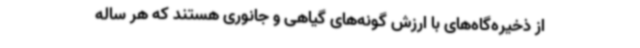
از ذخیره‌گاه‌های با ارزش گونه‌های گیاهی و جانوری هستند که هر ساله